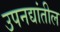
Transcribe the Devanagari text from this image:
उपनद्यांतील